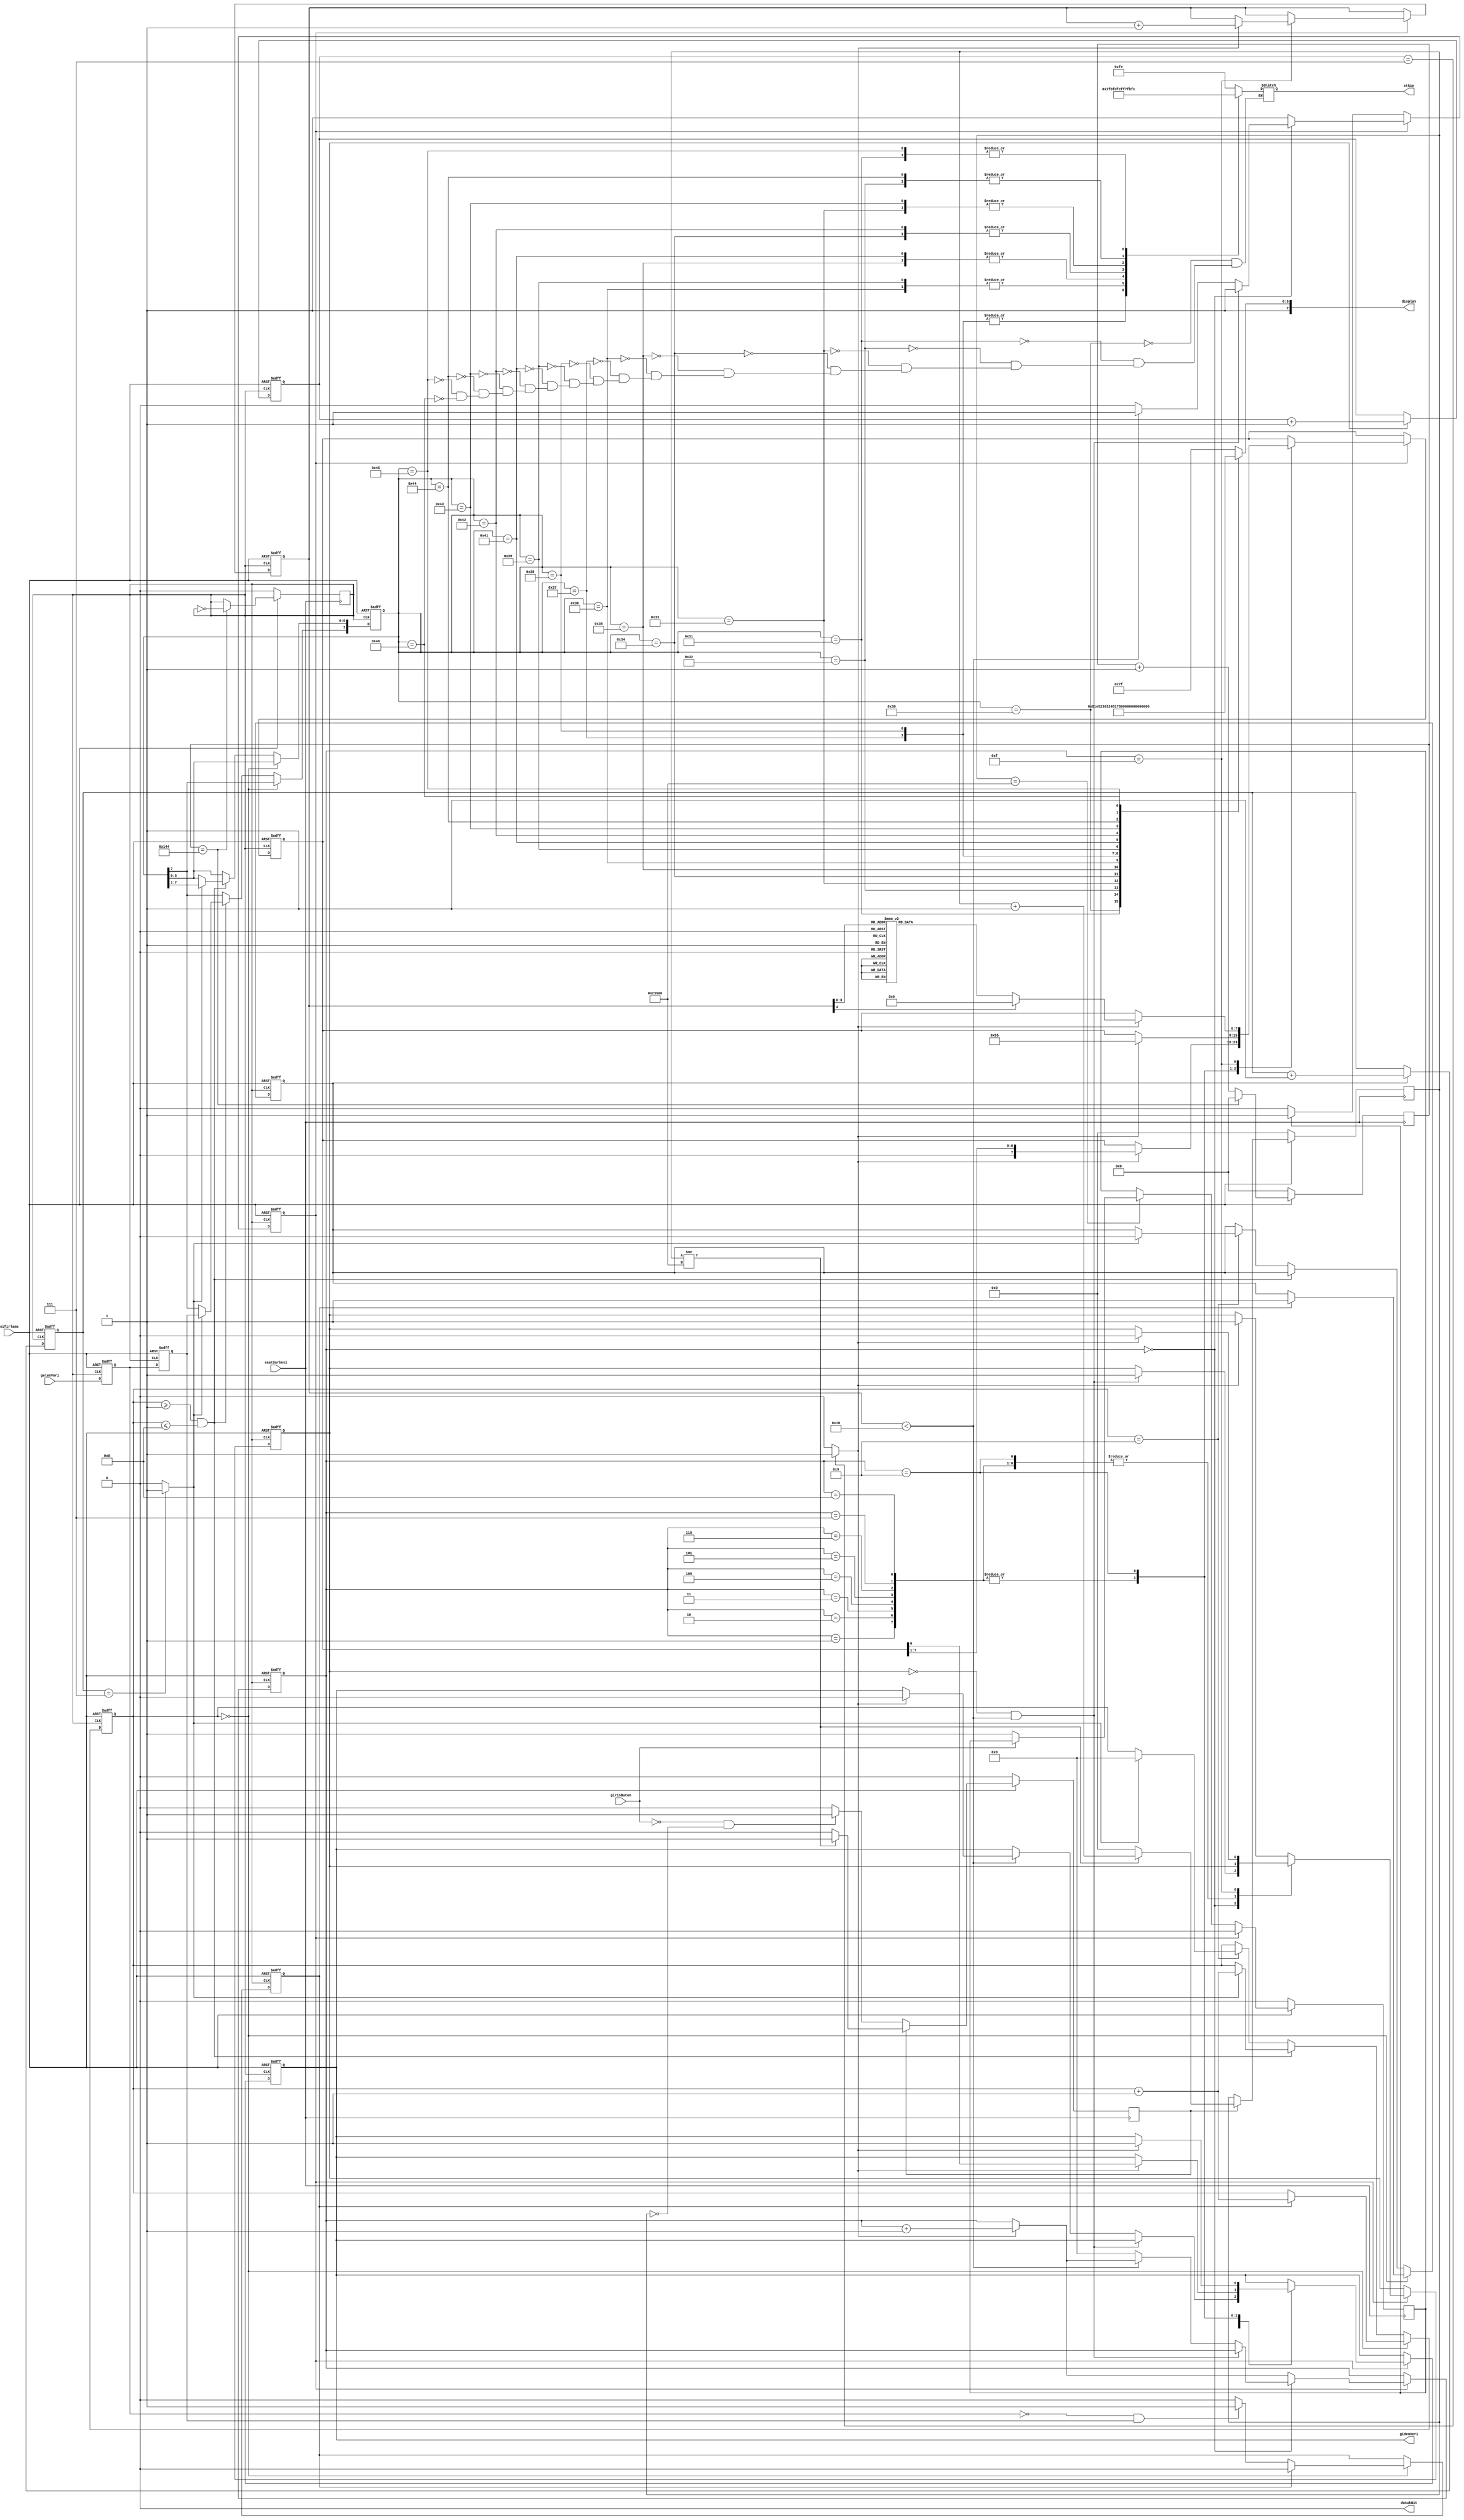
/*******************************************************************************
 * @dosya    Seri Haberleme(RS232 serial) Uygulamas
 * @yazar    Erkan L
 * @srm    V0.0.1
 * @tarih    04-Eyll-2016
 * @zet     Cyclone IV EP4CE6 FPGA Seri Haberleme Uygulamas 
 * 
 * Bu rnek uygulamada, Cyclone IV EP4CE6 FPGA kartn ile Seri Haberleme balants
 * retilecek, bu durumlar Display Gsterge zerinde gsterilecektir edilecektir. 
 ******************************************************************************
 *
 * Bu program zgr yazlmdr: zgr Yazlm Vakf tarafndan yaymlanan GNU 
 * Getkinel Kamu Lisansnn srm 3 ya da (isteinize bal olarak) daha sonraki
 * srmlerinin hkmleri altnda yeniden databilir ve/veya deitirebilirsiniz.
 *
 ******************************************************************************/
module seriHaberlesme(saatDarbesi,sifirlama,gelenVeri,gidenVeri,etkin,display,girisButon,dusukBit);
// seriHaberlesme MODL TANIMI

//-------------Giri Portlar-----------------------------
input					saatDarbesi,sifirlama;
input					gelenVeri;
input					girisButon;

//-------------k Portlar-----------------------------
output[7:0]				etkin;
output[7:0]				display;
output					gidenVeri;
output					dusukBit;

//-------------Parametre Tanmlamalar--------------------
parameter 
	baudBolmeSabiti=16'h145, 	//9600 Baud iin(saatDarbesi 50MHz)
	durum0=8'h30,					//0. durum
	durum1=8'h31,					//1. durum
	durum2=8'h32,					//2. durum
	durum3=8'h33,					//3. durum
	durum4=8'h34,					//4. durum
	durum5=8'h35,					//5. durum
	durum6=8'h36,					//6. durum
	durum7=8'h37,					//7. durum
	durum8=8'h38,					//8. durum
	durum9=8'h39,					//9. durum
	durumA=8'h41,					//A. durum
	durumB=8'h42,					//B. durum
	durumC=8'h43,					//C. durum
	durumD=8'h44,					//D. durum
	durumE=8'h45,					//E. durum
	durumF=8'h46;					//F. durum

//-------------k Portlar Veri Tipleri------------------ 
// k portlar bellek eleman(reg-yazma) veya bir tel olabilir	
reg[15:0]				bolmeKaydedici;
reg[2:0]					bol8gideniKaydedici;
reg[2:0]					bol8gelenKaydedici;
reg[3:0]					gidenDurumu;
reg[3:0]					gelenDurumu;
reg[7:0]					etkin;
reg[7:0]					gelenVeriTampon;
reg[7:0]					gidenVeriTampon;
reg[4:0]					gondermeDurumu;
reg[19:0]				beklemeSayaci;
reg[7:0]					display;

reg						gidenBaudSaatDarbesi;
reg						gelenBaudSaatDarbesi;
reg						baudx8SaatDarbesi;
reg						gelenBasla;
reg						gelenBaslaGecici;
reg						gidenBasla;
reg						gelenVeriKaydedici1;
reg						gelenVeriKaydedici2;
reg						gidenVeriKaydedici;
reg						beklemeSayaciBasla;
reg						butonGiris1,butonGiris2;

//-------------Dorusal Tanmlamalar-------------------------
assign gidenVeri=gidenVeriKaydedici;
assign dusukBit=0;

//------------Kod Burada Balamaktadr------------------------- 
// Ana dng blou
// Bu saya ykselen kenar tetiklemeli olduundan,
// Bu blou saatin ykselen kenarna gre tetikleyeceiz.
always@(posedge saatDarbesi)
begin
	if(!sifirlama) 
	begin 
		beklemeSayaci<=0;
		beklemeSayaciBasla<=0;
	 end
	else if(beklemeSayaciBasla) 
	begin
		if(beklemeSayaci!=20'd800000) 
		begin
			beklemeSayaci<=beklemeSayaci+1;
		 end
		else begin
			beklemeSayaci<=0;
			beklemeSayaciBasla<=0;
		 end
	 end
	else begin
		if(!girisButon&&beklemeSayaci==0)
				beklemeSayaciBasla<=1;
	 end
end

always@(posedge saatDarbesi)
begin
	if(!sifirlama) 
		butonGiris1<=0;
	else begin
		if(butonGiris2)
			butonGiris1<=0;
		else if(beklemeSayaci==20'd800000) 
		begin
			if(!girisButon)
				butonGiris1<=1;
		 end
	 end
end

always@(posedge saatDarbesi )
begin
	if(!sifirlama)
		bolmeKaydedici<=0;
	else begin
		if(bolmeKaydedici==baudBolmeSabiti-1)
			bolmeKaydedici<=0;
		else
			bolmeKaydedici<=bolmeKaydedici+1;
	 end
end

always@(posedge saatDarbesi)
begin
	if(!sifirlama)
		baudx8SaatDarbesi<=0;
	else if(bolmeKaydedici==baudBolmeSabiti-1)
		baudx8SaatDarbesi<=~baudx8SaatDarbesi;
end


always@(posedge baudx8SaatDarbesi or negedge sifirlama)
begin
	if(!sifirlama)
		bol8gelenKaydedici<=0;
	else if(gelenBasla)
		bol8gelenKaydedici<=bol8gelenKaydedici+1;
end

always@(posedge baudx8SaatDarbesi or negedge sifirlama)
begin
	if(!sifirlama)
		bol8gideniKaydedici<=0;
	else if(gidenBasla)
		bol8gideniKaydedici<=bol8gideniKaydedici+1;
end

always@(bol8gelenKaydedici)
begin
	if(bol8gelenKaydedici==7)
		gelenBaudSaatDarbesi=1;
	else
		gelenBaudSaatDarbesi=0;
end

always@(bol8gideniKaydedici)
begin
	if(bol8gideniKaydedici==7)
		gidenBaudSaatDarbesi=1;
	else
		gidenBaudSaatDarbesi=0;
end
// Bilgisayara Bilgi Gnderme
always@(posedge baudx8SaatDarbesi or negedge sifirlama)
begin
	if(!sifirlama) begin
		gidenVeriKaydedici<=1;
		gidenBasla<=0;
		gidenVeriTampon<=0;
		gidenDurumu<=0;
		gondermeDurumu<=0;
		butonGiris2<=0;
	 end
	else begin
		if(!butonGiris2) 
		begin
			if(butonGiris1) 
			begin
				butonGiris2<=1;
			 end
		 end
		else  begin
			case(gidenDurumu)
				4'b0000: begin  //BALAMA Biti
					if(!gidenBasla&&gondermeDurumu<16) 
						gidenBasla<=1;
					else if(gondermeDurumu<16) 
					begin
						if(gidenBaudSaatDarbesi) 
						begin
							gidenVeriKaydedici<=0;
							gidenDurumu<=gidenDurumu+1;
						 end
					 end
					else begin
						butonGiris2<=0;
						gidenDurumu<=0;
					 end					
				end		
				4'b0001: begin //0. Giden Bit
					if(gidenBaudSaatDarbesi) 
					begin
						gidenVeriKaydedici<=gidenVeriTampon[0];
						gidenVeriTampon[7:0]<=gidenVeriTampon[7:1];
						gidenDurumu<=gidenDurumu+1;
					 end
				 end
				4'b0010: begin //1. Giden Bit
					if(gidenBaudSaatDarbesi) 
					begin
						gidenVeriKaydedici<=gidenVeriTampon[0];
						gidenVeriTampon[7:0]<=gidenVeriTampon[7:1];
						gidenDurumu<=gidenDurumu+1;
					 end
				 end
				 4'b0011: begin //2. Giden Bit
				 	if(gidenBaudSaatDarbesi) 
					begin
						gidenVeriKaydedici<=gidenVeriTampon[0];
						gidenVeriTampon[7:0]<=gidenVeriTampon[7:1];
						gidenDurumu<=gidenDurumu+1;
					 end
				 end
				4'b0100: begin //3. Giden Bit
					if(gidenBaudSaatDarbesi) 
					begin
						gidenVeriKaydedici<=gidenVeriTampon[0];
						gidenVeriTampon[7:0]<=gidenVeriTampon[7:1];
						gidenDurumu<=gidenDurumu+1;
					 end
				 end
				4'b0101: begin //4. Giden Bit
					if(gidenBaudSaatDarbesi) 
					begin
						gidenVeriKaydedici<=gidenVeriTampon[0];
						gidenVeriTampon[7:0]<=gidenVeriTampon[7:1];
						gidenDurumu<=gidenDurumu+1;
					 end
				 end
				4'b0110: begin //5. Giden Bit
					if(gidenBaudSaatDarbesi) 
					begin
						gidenVeriKaydedici<=gidenVeriTampon[0];
						gidenVeriTampon[7:0]<=gidenVeriTampon[7:1];
						gidenDurumu<=gidenDurumu+1;
					 end
				 end
				4'b0111: begin //6. Giden Bit
					if(gidenBaudSaatDarbesi) 
					begin
						gidenVeriKaydedici<=gidenVeriTampon[0];
						gidenVeriTampon[7:0]<=gidenVeriTampon[7:1];
						gidenDurumu<=gidenDurumu+1;
					 end
				 end
				4'b1000: begin //7. Giden Bit
					if(gidenBaudSaatDarbesi) 
					begin
						gidenVeriKaydedici<=gidenVeriTampon[0];
						gidenVeriTampon[7:0]<=gidenVeriTampon[7:1];
						gidenDurumu<=gidenDurumu+1;
					 end
				 end
				4'b1001: begin //BTRME Biti
					if(gidenBaudSaatDarbesi) 
					begin
						gidenVeriKaydedici<=1;
						gidenVeriTampon<=8'h55;
						gidenDurumu<=gidenDurumu+1;
					 end
				 end
				4'b1111:begin 
					if(gidenBaudSaatDarbesi) 
					begin
						gidenDurumu<=gidenDurumu+1;
						gondermeDurumu<=gondermeDurumu+1;
						gidenBasla<=0;
						case(gondermeDurumu)
							4'b0000:
								gidenVeriTampon<=8'd77;		//"M"
							4'b0001:
								gidenVeriTampon<=8'd101;	//"e"
							4'b0010:
								gidenVeriTampon<=8'd114;	//"r"
							4'b0011:
								gidenVeriTampon<=8'd104;	//"h"
							4'b0100:
								gidenVeriTampon<=8'd97;		//"a"
							4'b0101:
								gidenVeriTampon<=8'd98;		//"b"
							4'b0110:
								gidenVeriTampon<=8'd97;		//"a"
							4'b0111:
								gidenVeriTampon<=8'd32;	//"Boluk"
							4'b1000:
								gidenVeriTampon<=8'd68;		//"D"
							4'b1001:
								gidenVeriTampon<=8'd117;	//"u"
							4'b1010:
								gidenVeriTampon<=8'd110;	//"n"
							4'b1011:
								gidenVeriTampon<=8'd121;	//"y"
							4'b1100:
								gidenVeriTampon<=8'd97;		//"a"
							4'b1101:
								gidenVeriTampon<=8'd10;		//"yeniSatr"
							4'b1110:
								gidenVeriTampon<=8'd13;		//"satrBa/carriageReturn"
							default:
								gidenVeriTampon<=0;
						 endcase
					 end
				 end
				default: begin
					if(gidenBaudSaatDarbesi) 
					begin
						gidenDurumu<=gidenDurumu+1;
						gidenBasla<=1;
					 end
				 end
			 endcase
		 end
	 end
end
// Bilgisayardan Gelen Bilgiyi karlama 
always@(posedge baudx8SaatDarbesi or negedge sifirlama)
begin
	if(!sifirlama) 
	begin
		gelenVeriKaydedici1<=0;
		gelenVeriKaydedici2<=0;
		gelenVeriTampon<=0;
		gelenDurumu<=0;
		gelenBasla<=0;
		gelenBaslaGecici<=0;
	 end
	else  begin
		 gelenVeriKaydedici1<=gelenVeri;
		 gelenVeriKaydedici2<=gelenVeriKaydedici1;
		 if(gelenDurumu==0) 
		 begin
			 if(gelenBaslaGecici==1) 
			 begin
		 		gelenBasla<=1;
		 		gelenBaslaGecici<=0;
				gelenDurumu<=gelenDurumu+1;
		  	  end
		 	 else if(!gelenVeriKaydedici1&&gelenVeriKaydedici2)
				gelenBaslaGecici<=1;
		   end
		 else if(gelenDurumu>=1&&gelenDurumu<=8) 
		 begin
		 	 if(gelenBaudSaatDarbesi) 
			 begin
			 	gelenVeriTampon[7]<=gelenVeriKaydedici2;
				gelenVeriTampon[6:0]<=gelenVeriTampon[7:1];
				gelenDurumu<=gelenDurumu+1;
			  end
		  end
		 else if(gelenDurumu==9) 
		 begin
		 	if(gelenBaudSaatDarbesi) 
			begin
		 		gelenDurumu<=0;
				gelenBasla<=0;
			 end
		  end
	  end
end

always@(gelenVeriTampon)
begin
      case (gelenVeriTampon)
		durum0:						//durum0
		begin				 	
			display<=8'b1100_0000;//display gstergeye 0 deeri gnderilmesi
		  	  etkin<=8'b1111_1110;//1. display gsterge aktif 
		end
		
		durum1:						 //durum1
		begin	
			display<=8'b1111_1001;//display gstergeye 1 deeri gnderilmesi
			  etkin<=8'b1111_1101;//2. display gsterge aktif
		end
		
		durum2:					 	//durum2
		begin
			display<=8'b1010_0100;//display gstergeye 2 deeri gnderilmesi
			  etkin<=8'b1111_1011;//3. display gsterge aktif 
		end
		
		durum3:					 	//durum3
		begin	
			display<=8'b1011_0000;//display gstergeye 3 deeri gnderilmesi
			  etkin<=8'b1111_0111;//4. display gsterge aktif 
		end
		
		durum4:						//durum4
		begin	
			display<=8'b1001_1001;//display gstergeye 4 deeri gnderilmesi
			  etkin<=8'b1110_1111;//5. display gsterge aktif 
		end
		
		durum5:					 	//durum5
		begin	
			display<=8'b1001_0010;//display gstergeye 5 deeri gnderilmesi
			  etkin<=8'b1101_1111;//6. display gsterge aktif 
		end
		
		durum6:					 	//durum6
		begin
			display<=8'b1000_0010;//display gstergeye 6 deeri gnderilmesi
			  etkin<=8'b1011_1111;//7. display gsterge aktif 
		end
		
		durum7:					 	//durum7
		begin	
			display<=8'b1111_1000;//display gstergeye 7 deeri gnderilmesi
			  etkin<=8'b0111_1111;//8. display gsterge aktif 
		end
		durum8:						//durum8
		begin				 	
			display<=8'b1000_0000;//display gstergeye 0 deeri gnderilmesi
		  	  etkin<=8'b0111_1111;//1. display gsterge aktif 
		end
		
		durum9:						 //durum9
		begin	
			display<=8'b1001_0000;//display gstergeye 1 deeri gnderilmesi
			  etkin<=8'b1011_1111;//2. display gsterge aktif
		end
		
		durumA:					 	//durumA
		begin
			display<=8'b1000_1000;//display gstergeye 2 deeri gnderilmesi
			  etkin<=8'b1101_1111;//3. display gsterge aktif 
		end
		
		durumB:					 	//durumB
		begin	
			display<=8'b1000_0011;//display gstergeye 3 deeri gnderilmesi
			  etkin<=8'b1110_1111;//4. display gsterge aktif 
		end
		
		durumC:						//durumC
		begin	
			display<=8'b1100_0110;//display gstergeye 4 deeri gnderilmesi
			  etkin<=8'b1111_0111;//5. display gsterge aktif 
		end
		
		durumD:					 	//durumD
		begin	
			display<=8'b1010_0001;//display gstergeye 5 deeri gnderilmesi
			  etkin<=8'b1111_1011;//6. display gsterge aktif 
		end
		
		durumE:					 	//durumE
		begin
			display<=8'b1000_0110;//display gstergeye 6 deeri gnderilmesi
			  etkin<=8'b1111_1101;//7. display gsterge aktif 
		end
		
		durumF:					 	//durumF
		begin	
			display<=8'b1000_1110;//display gstergeye 7 deeri gnderilmesi
			  etkin<=8'b1111_1110;//8. display gsterge aktif 
		end
		default:
			display=8'b1111_1111;	// BO DSPLAY
	 endcase
end	

endmodule //  serial MODL SONU